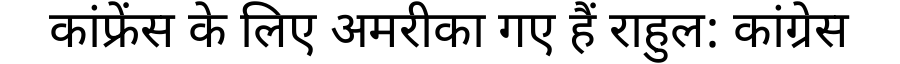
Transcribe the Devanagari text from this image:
कांफ्रेंस के लिए अमरीका गए हैं राहुल: कांग्रेस